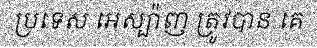
ប្រទេស អេស្ប៉ាញ ត្រូវបាន គេ